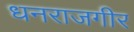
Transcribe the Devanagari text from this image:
धनराजगीर